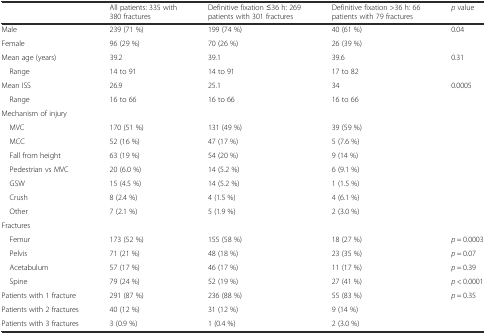
|  | All patients: 335 with 380 fractures | Definitive fixation ≤36 h: 269 patients with 301 fractures | Definitive fixation >36 h: 66 patients with 79 fractures | p value |
 | --- | --- | --- | --- | --- |
 | Male | 239 (71 %) | 199 (74 %) | 40 (61 %) | 0.04 |
 | Female | 96 (29 %) | 70 (26 %) | 26 (39 %) |  |
 | Mean age (years) | 39.2 | 39.1 | 39.6 | 0.31 |
 | Range | 14 to 91 | 14 to 91 | 17 to 82 |  |
 | Mean ISS | 26.9 | 25.1 | 34 | 0.0005 |
 | Range | 16 to 66 | 16 to 66 | 16 to 66 |  |
 | Mechanism of injury |  |  |  |  |
 | MVC | 170 (51 %) | 131 (49 %) | 39 (59 %) |  |
 | MCC | 52 (16 %) | 47 (17 %) | 5 (7.6 %) |  |
 | Fall from height | 63 (19 %) | 54 (20 %) | 9 (14 %) |  |
 | Pedestrian vs MVC | 20 (6.0 %) | 14 (5.2 %) | 6 (9.1 %) |  |
 | GSW | 15 (4.5 %) | 14 (5.2 %) | 1 (1.5 %) |  |
 | Crush | 8 (2.4 %) | 4 (1.5 %) | 4 (6.1 %) |  |
 | Other | 7 (2.1 %) | 5 (1.9 %) | 2 (3.0 %) |  |
 | Fractures |  |  |  |  |
 | Femur | 173 (52 %) | 155 (58 %) | 18 (27 %) | p = 0.0003 |
 | Pelvis | 71 (21 %) | 48 (18 %) | 23 (35 %) | p = 0.07 |
 | Acetabulum | 57 (17 %) | 46 (17 %) | 11 (17 %) | p = 0.39 |
 | Spine | 79 (24 %) | 52 (19 %) | 27 (41 %) | p < 0.0001 |
 | Patients with 1 fracture | 291 (87 %) | 236 (88 %) | 55 (83 %) | p = 0.35 |
 | Patients with 2 fractures | 40 (12 %) | 31 (12 %) | 9 (14 %) |  |
 | Patients with 3 fractures | 3 (0.9 %) | 1 (0.4 %) | 2 (3.0 %) |  |